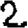
Digit: 2